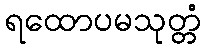
ရထောပမသုတ္တံ